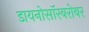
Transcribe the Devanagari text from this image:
डायनोसॉरबरोबर